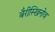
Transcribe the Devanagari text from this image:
बैरीस्खिनोव